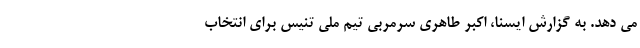
می دهد. به گزارش ایسنا، اکبر طاهری سرمربی تیم ملی تنیس برای انتخاب